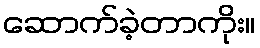
ဆောက်ခဲ့တာကိုး။